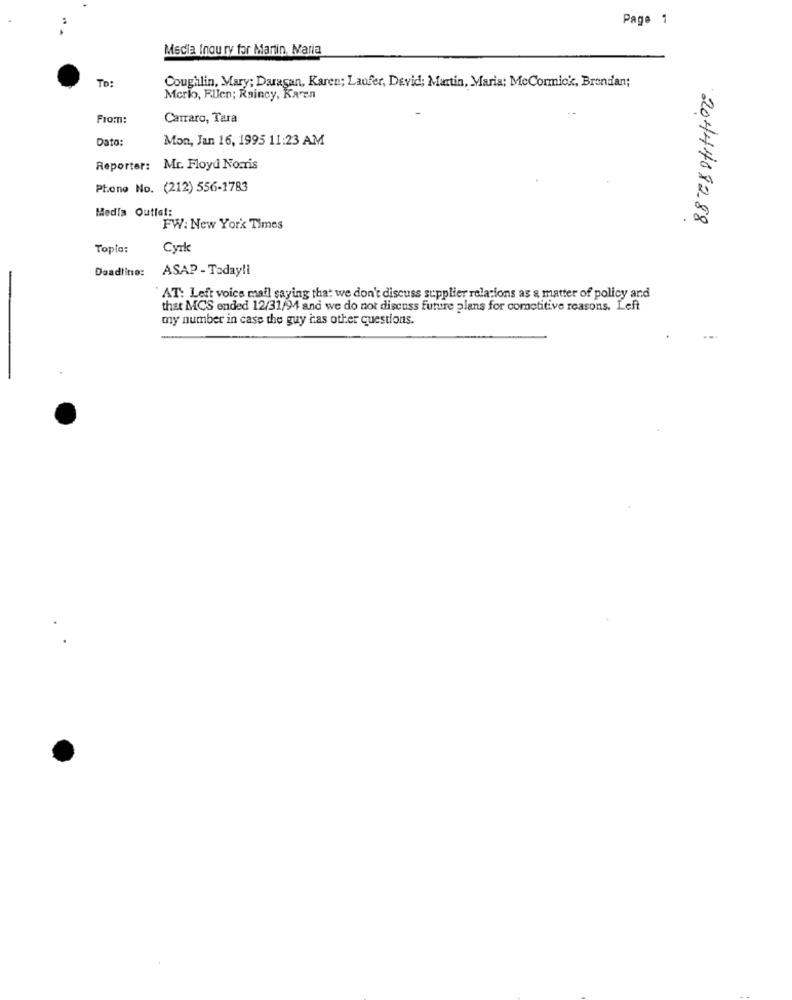
Page 1
Media Inou ry for Martin, Maria
TO:
Coughlin, Mary; Daragan, Karen; Laufer, David; Martin, Maria; McCormick, Brendan;
Merlo, Filen; Raincy, Karen
From:
Carraro, Tara
Dato:
Mon, Jan 16, 1995 11:23 AM
Reporter: Mr. Floyd Norris
Phone No. (212) 556-1783
Media Outist:
2044408288
FW: New York Times
Tople:
Cyrke
Deadline:
ASAP - Today !!
AT: Left voice mail saying that we don't discuss supplier relations as a matter of policy and
that MCS ended 12/31/94 and we do not discuss future plans for cometitive reasons. Left
my number in case the guy has other questions.